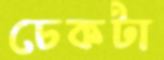
চেকটা